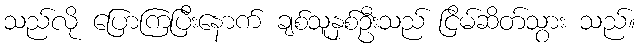
သည်လို ပြောကြပြီးနောက် ချစ်သူနှစ်ဦးသည် ငြိမ်ဆိတ်သွား သည်။